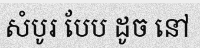
សំបូរ បែប ដូច នៅ